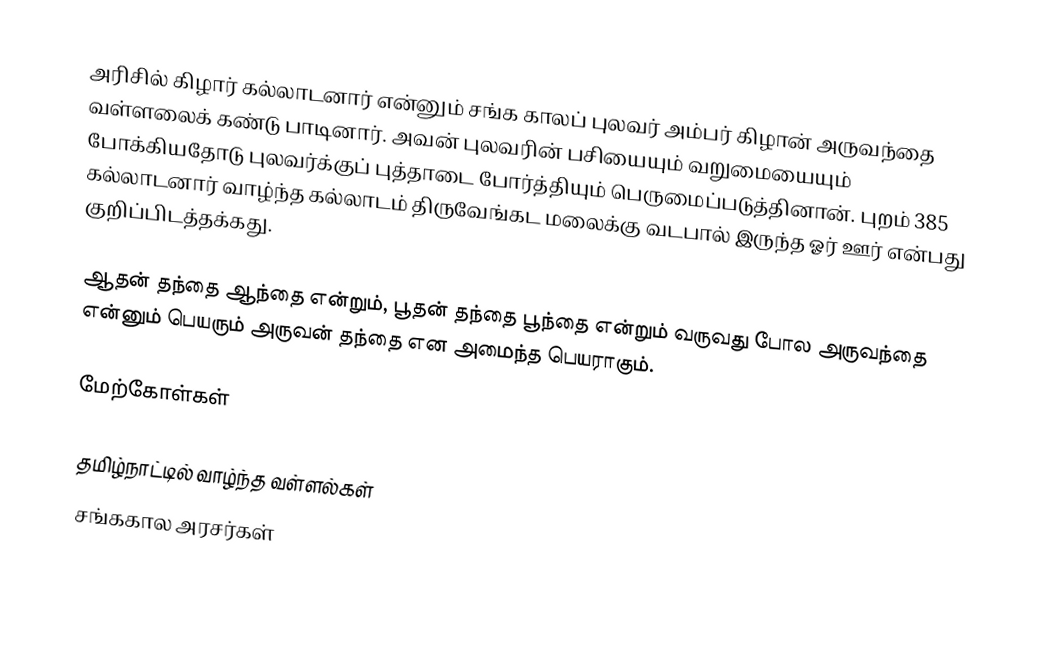
அரிசில் கிழார் கல்லாடனார் என்னும் சங்க காலப் புலவர் அம்பர் கிழான் அருவந்தை வள்ளலைக் கண்டு பாடினார். அவன் புலவரின் பசியையும் வறுமையையும் போக்கியதோடு புலவர்க்குப் புத்தாடை போர்த்தியும் பெருமைப்படுத்தினான். புறம் 385 கல்லாடனார் வாழ்ந்த கல்லாடம் திருவேங்கட மலைக்கு வடபால் இருந்த ஓர் ஊர் என்பது குறிப்பிடத்தக்கது.

ஆதன் தந்தை ஆந்தை என்றும், பூதன் தந்தை பூந்தை என்றும் வருவது போல அருவந்தை என்னும் பெயரும் அருவன் தந்தை என அமைந்த பெயராகும்.

மேற்கோள்கள்

தமிழ்நாட்டில் வாழ்ந்த வள்ளல்கள்
சங்ககால அரசர்கள்